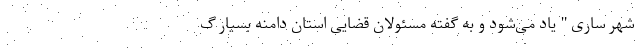
شهر ساری " یاد می‌شود و به گفته مسئولان قضایی استان دامنه بسیار گ